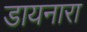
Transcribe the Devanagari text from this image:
डायनारा